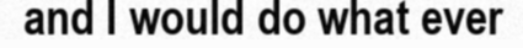
and I would do what ever